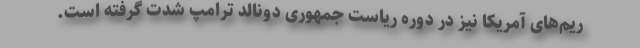
ریم‌های آمریکا نیز در دوره ریاست جمهوری دونالد ترامپ شدت گرفته است.